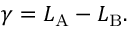
\gamma = L _ { \mathrm { A } } - L _ { \mathrm { B } } .